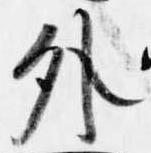
外